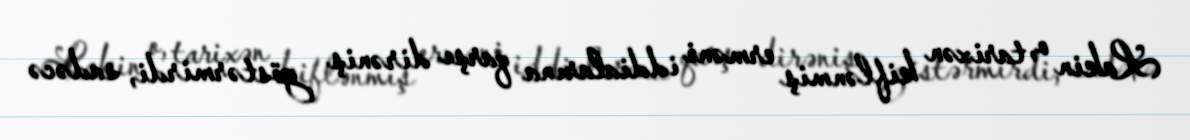
Lakin o, tarixən kiflənmiş erməni iddialarına qarşı dirəniş göstərmirdi, sadəcə